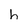
Character: h